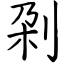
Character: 刴